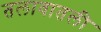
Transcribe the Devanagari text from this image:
तलावातली